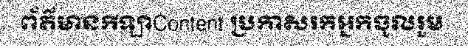
ព័ត៌មានកីឡាContent ប្រកាសរកអ្នកចូលរួម